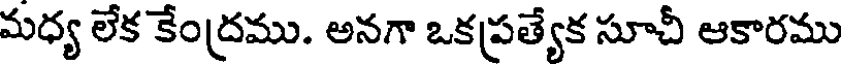
మధ్య లేక కేంద్రము. అనగా ఒకప్రత్యేక సూచీ ఆకారము